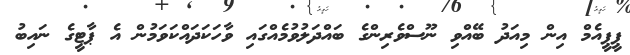
ޕީޕީއެމް އިން މިއަދު ބޭއްވި ނޫސްވެރިންގެ ބައްދަލުވުމެއްގައި ވާހަކަދައްކަވަމުން އެ ޕާޓީގެ ނައިބު